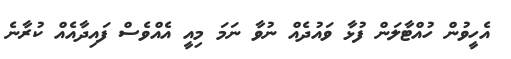
އެހީވުން ހުއްޓާލަން ފުޅާ ވައުދެއް ނުވާ ނަމަ މިއީ އެއްވެސް ފައިދާއެއް ކުރާނެ